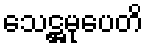
သေဋ္ဌမုပေတိ